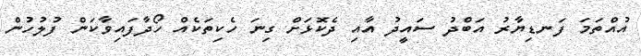
އުއްތަމަ ފަނޑިޔާރު އަބްދު ސައީދު އާއި ދެކޮޅަށް ގިނަ ހެކިތަކެއް ހޯދާފައިވާކަން ފުލުހުން